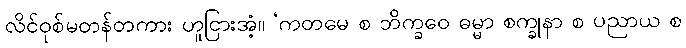
လိင်ဝုစ်မတန်တကား ဟူငြားအံ့။ ‘ကတမေ စ ဘိက္ခဝေ ဓမ္မာ စက္ခုနာ စ ပညာယ စ